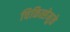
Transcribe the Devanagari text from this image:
चिकित्सेमुळे